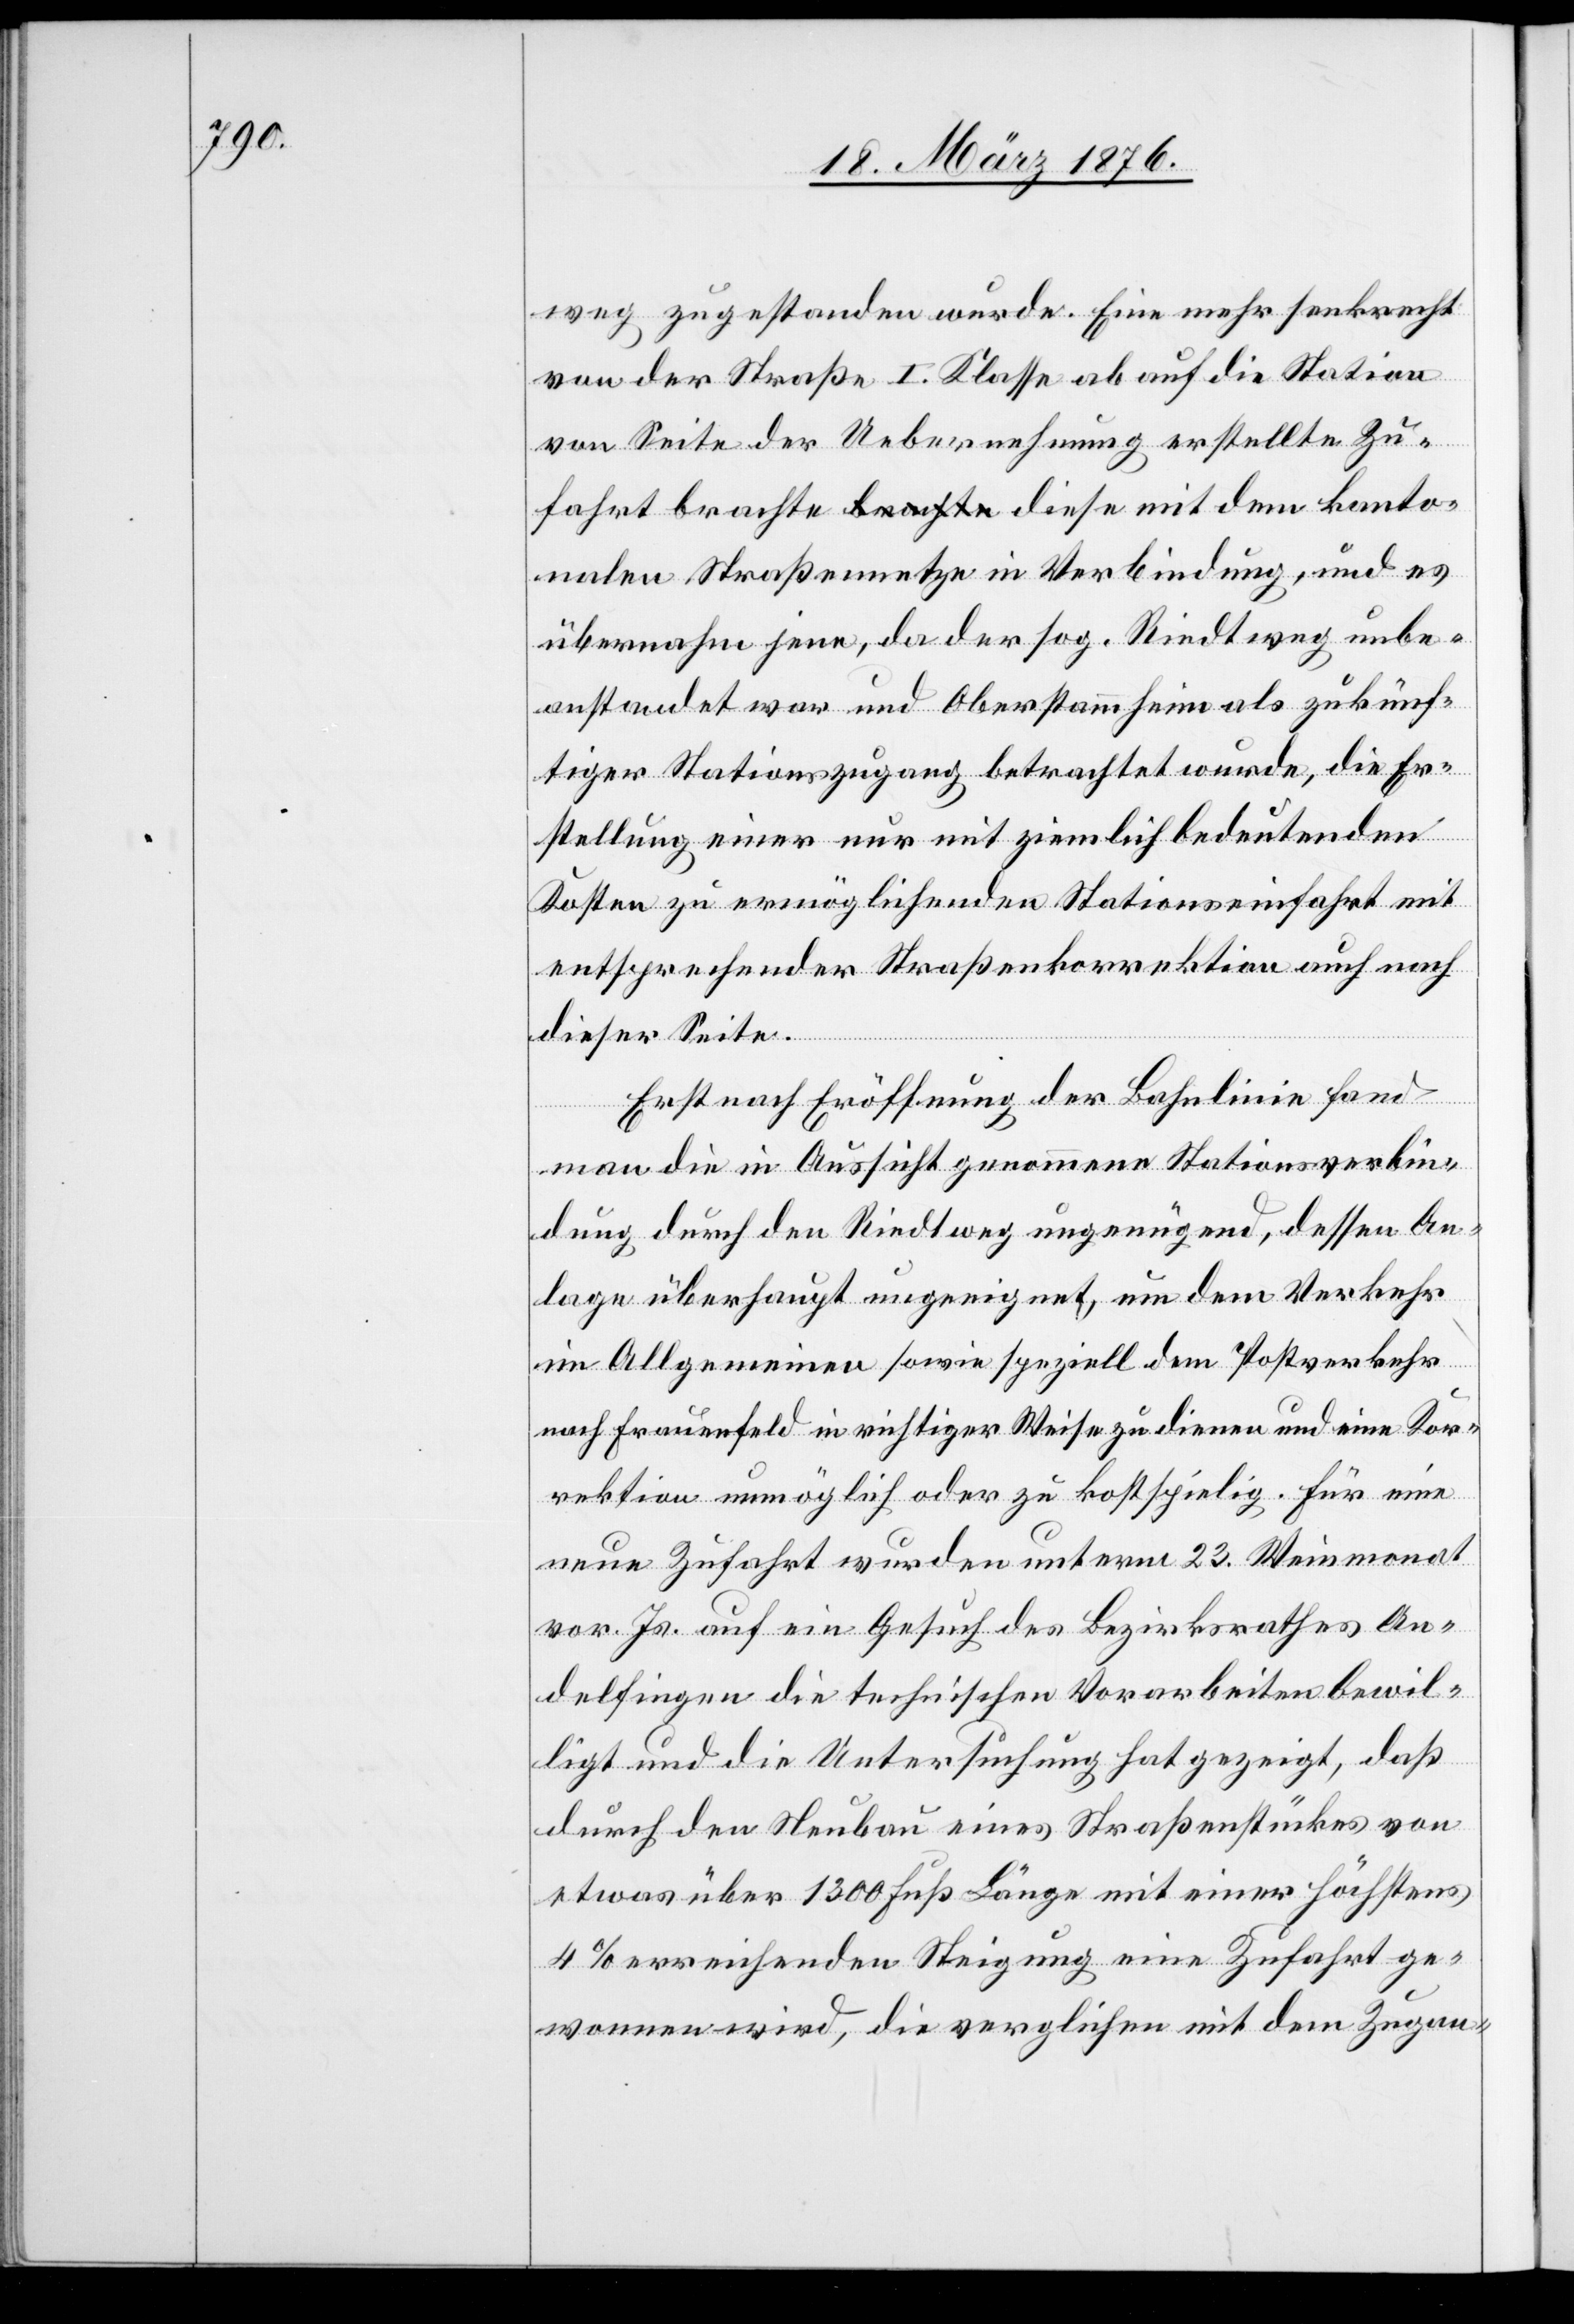
fahrt

weg zugestanden wurde. Eine mehr senkrecht
von der Straße I. Klasse ab auf die Station
von Seite der Uebernehmung erstellte Zu¬
kantonalen Straßennetze in Verbindung, und es
übernahm jene, da der sog. Riedtweg unbe¬
anstandet war und Oberstammheim als zukünf¬
tiger Stationszugang betrachtet wurde, die Er¬
stellung einer nur mit ziemlich bedeutenden
Kosten zu ermöglichenden Stationseinfahrt mit
entsprechender Straßenkorrektion auch nach
dieser Seite.
Erst nach Eröffnung der Bahnlinie fand
man die in Aussicht genommene Stationsverbin¬
dung durch den Riedtweg ungenügend, dessen An¬
lage überhaupt ungeeignet, um dem Verkehr
im Allgemeinen sowie speziell dem Postverkehr
nach Frauenfeld in richtiger Weise zu dienen und eine Kor¬
rektion unmöglich oder zu kostspielig. Für eine
neue Zufahrt wurden unterm 23. Weinmonat
vor. Js. auf ein Gesuch des Bezirksrathes An¬
delfingen die technischen Vorarbeiten bewil¬
ligt und die Untersuchung hat gezeigt, daß
durch den Neubau eines Straßenstückes von
etwas über 1300 Fuß Länge mit einer höchstens
4 % erreichenden Steigung eine Zufahrt ge¬
wonnen wird, die verglichen mit dem Zugan-